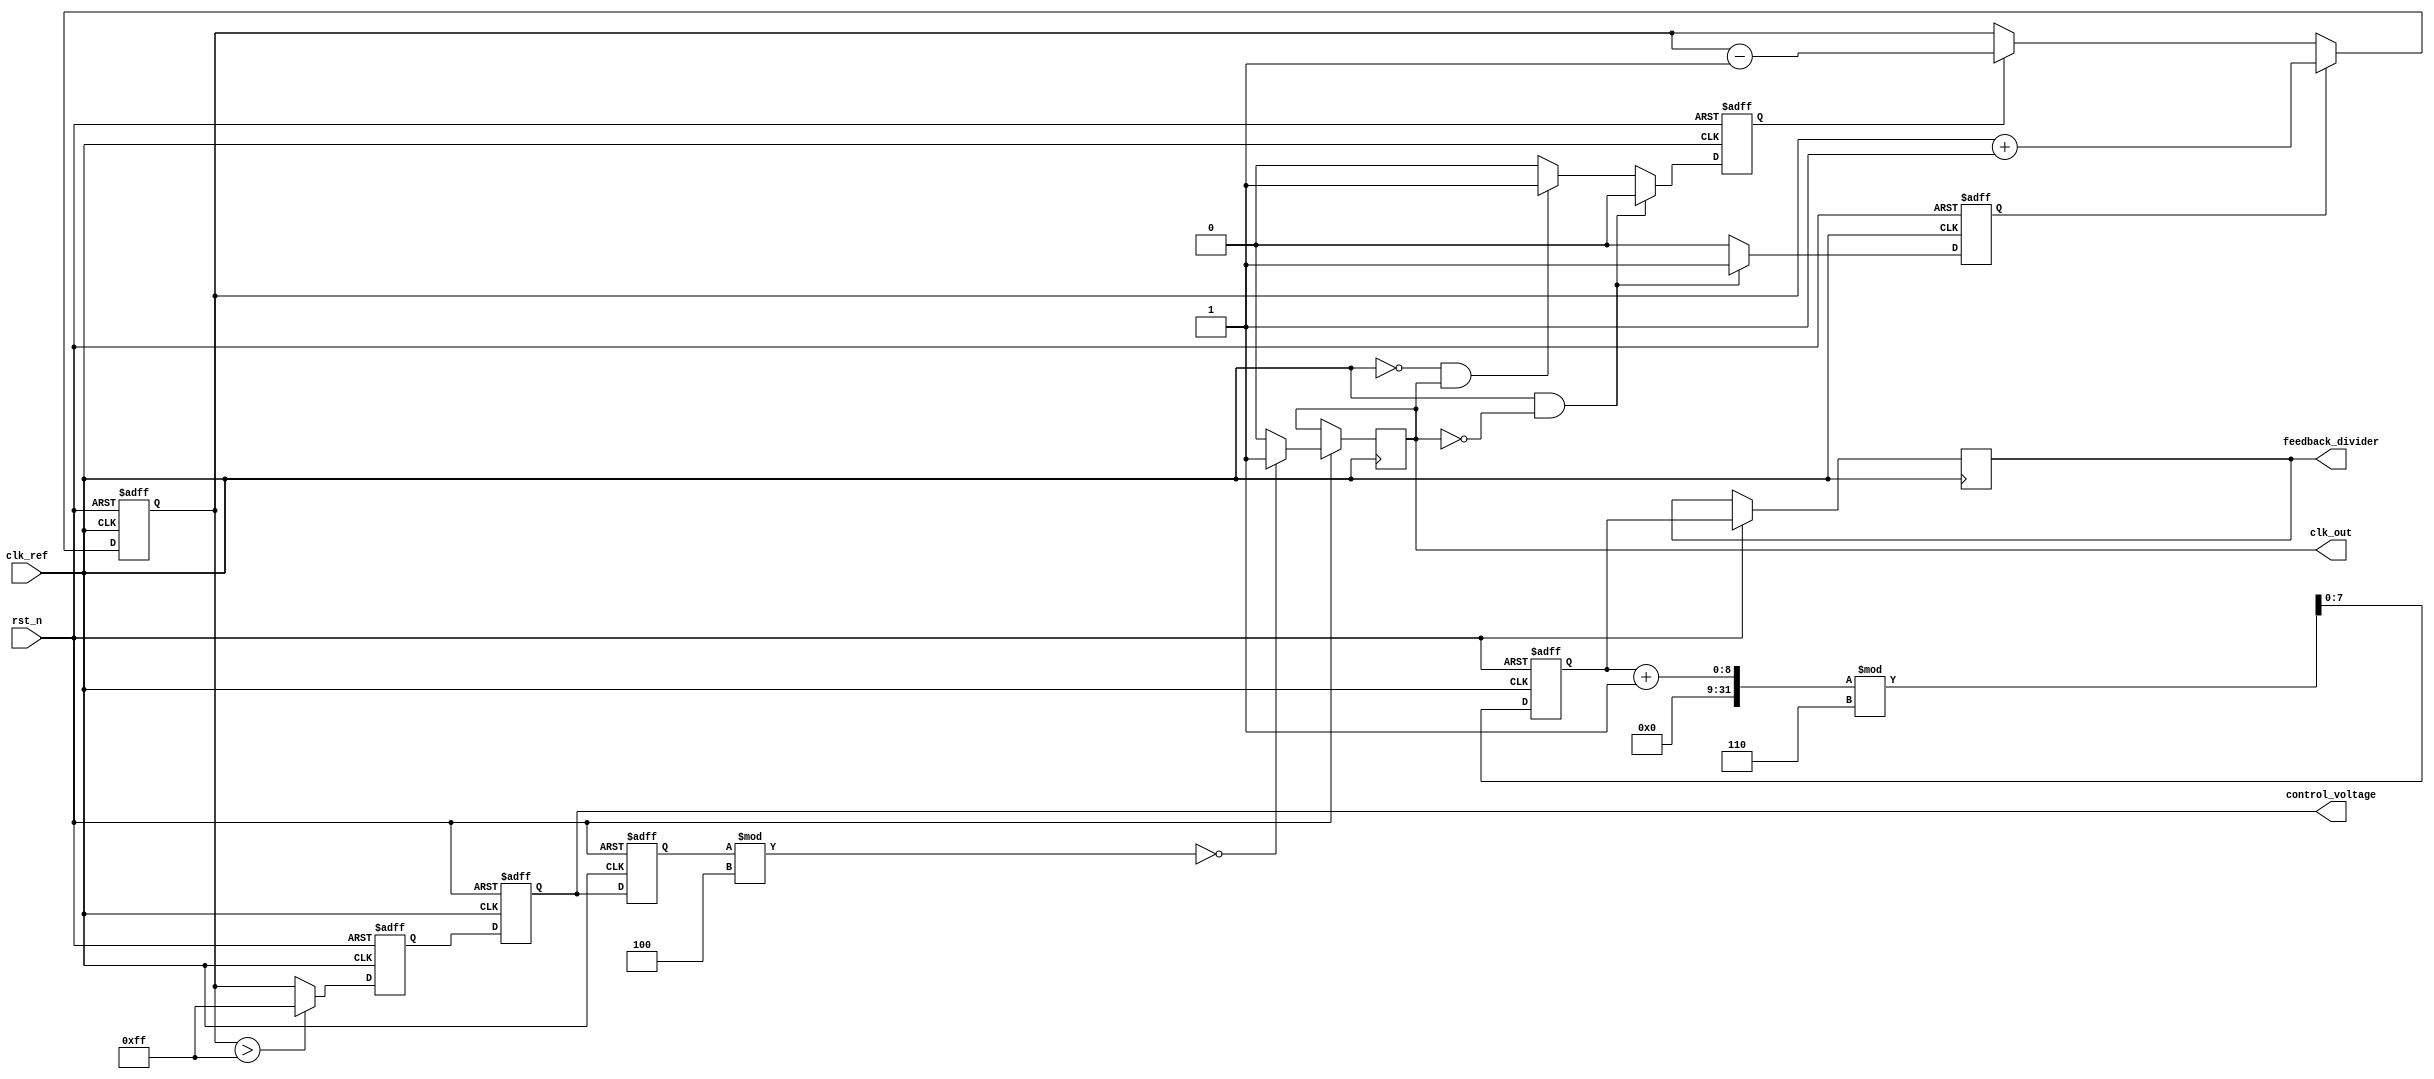
module fractional_PLL (
    input wire clk_ref,           // Reference clock input
    input wire rst_n,            // Active low reset
    output reg clk_out,          // Output clock
    output reg [7:0] control_voltage, // Control voltage for VCO
    output reg [7:0] feedback_divider // Feedback divider value
);

// Parameters
parameter INTEGER_DIV = 4;     // Integer division factor
parameter FRACTIONAL_DIV = 2;   // Fractional division factor
parameter MAX_COUNT = 255;      // Max count for loop filter

// State variables
reg [7:0] phase_error;          // Phase error signal
reg [7:0] charge_pump_output;   // Charge pump output
reg [7:0] vco_output;           // VCO output frequency
reg [7:0] loop_filter_output;    // Loop filter output
reg [7:0] feedback_count;       // Feedback counter
reg pfd_up, pfd_down;           // PFD control signals

// Phase Frequency Detector (PFD)
always @(posedge clk_ref or negedge rst_n) begin
    if (!rst_n) begin
        pfd_up <= 0;
        pfd_down <= 0;
    end else begin
        // Simple phase detection logic
        if (clk_ref && !clk_out) begin
            pfd_up <= 1;
            pfd_down <= 0;
        end else if (!clk_ref && clk_out) begin
            pfd_up <= 0;
            pfd_down <= 1;
        end else begin
            pfd_up <= 0;
            pfd_down <= 0;
        end
    end
end

// Charge Pump
always @(posedge clk_ref or negedge rst_n) begin
    if (!rst_n) begin
        charge_pump_output <= 0;
    end else begin
        if (pfd_up) begin
            charge_pump_output <= charge_pump_output + 1; // Increase current
        end else if (pfd_down) begin
            charge_pump_output <= charge_pump_output - 1; // Decrease current
        end
    end
end

// Loop Filter
always @(posedge clk_ref or negedge rst_n) begin
    if (!rst_n) begin
        loop_filter_output <= 0;
    end else begin
        if (charge_pump_output > MAX_COUNT) begin
            loop_filter_output <= MAX_COUNT; // Saturate
        end else begin
            loop_filter_output <= charge_pump_output; // Pass through
        end
    end
end

// Voltage-Controlled Oscillator (VCO)
always @(posedge clk_ref or negedge rst_n) begin
    if (!rst_n) begin
        vco_output <= 0;
        control_voltage <= 0;
    end else begin
        control_voltage <= loop_filter_output; // Control voltage from loop filter
        vco_output <= control_voltage; // VCO output frequency
        clk_out <= (vco_output % INTEGER_DIV == 0) ? 1 : 0; // Generate output clock
    end
end

// Feedback Divider
always @(posedge clk_ref or negedge rst_n) begin
    if (!rst_n) begin
        feedback_count <= 0;
    end else begin
        feedback_count <= (feedback_count + 1) % (INTEGER_DIV + FRACTIONAL_DIV);
        feedback_divider <= feedback_count; // Feedback divider value
    end
end

endmodule